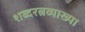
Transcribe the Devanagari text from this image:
शब्दरत्नव्याख्या